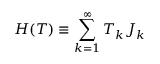
H ( T ) \equiv \sum _ { k = 1 } ^ { \infty } T _ { k } J _ { k }